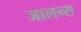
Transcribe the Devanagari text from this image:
जालन्स